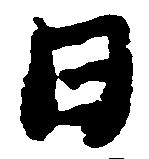
日